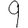
Digit: 9